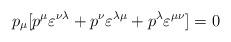
LaTeX: \begin{align*}p_{\mu}[p^{\mu} \varepsilon^{\nu \lambda} + p^{\nu} \varepsilon^{\lambda \mu} + p^{\lambda} \varepsilon^{\mu \nu}] =0\end{align*}